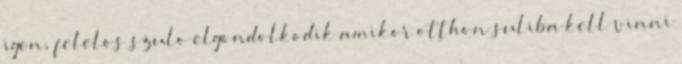
igen, felelos szulo elgondolkodik amikor otthon suliba kell vinni